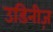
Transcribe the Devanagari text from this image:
उडिनीज़